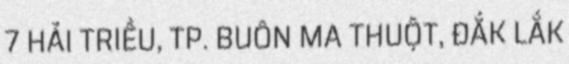
7 HẢI TRIỀU, TP. BUÔN MA THUỘT, ĐẮK LẮK